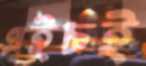
এইচই